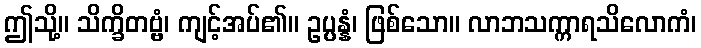
ဤသို့။ သိက္ခိတဗ္ဗံ၊ ကျင့်အပ်၏။ ဥပ္ပန္နံ၊ ဖြစ်သော။ လာဘသက္ကာရသိလောကံ၊